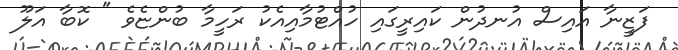
ފަޒީނާ އައިސް އުނދުން ކައިރީގައި ހުއްޓުމާއިއެކު ރަހީމާ ބުންޏެވެ " ކޮބާ އަލޫ